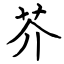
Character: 芥